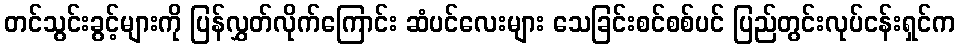
တင်သွင်းခွင့်များကို ပြန်လွှတ်လိုက်ကြောင်း ဆံပင်လေးများ သေခြင်းစင်စစ်ပင် ပြည်တွင်းလုပ်ငန်းရှင်က